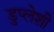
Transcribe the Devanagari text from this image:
डुप्लेशी